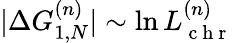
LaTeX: |\Delta G_{1,N}^{(n)}|\sim\ln L_{\mathrm{~c~h~r~}}^{(n)}